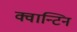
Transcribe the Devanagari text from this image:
क्वान्टिन